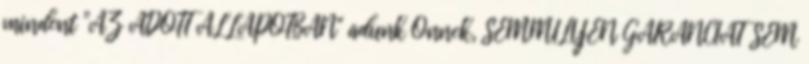
mindent "AZ ADOTT ÁLLAPOTBAN" adunk Önnek, SEMMILYEN GARANCIÁT SEM